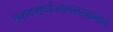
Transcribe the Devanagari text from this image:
प्रभवमूर्ध्वज्वलनस्वभावं